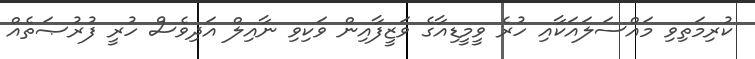
ކުރިމަތިވި މައްސަލައަކާއި ހުރެ ވީމީޑިއާގެ ވަޒީފާއިން ވަކިވި ނާއިލް އަދިވެސް ހުރީ ފުރުޞަތެއް